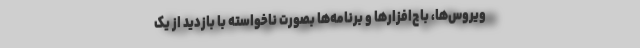
ویروس‌ها، باج‌افزارها و برنامه‌ها بصورت ناخواسته با بازدید از یک